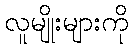
လူမျိုးများကို